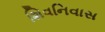
શિવનિવાસ